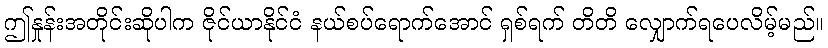
ဤနှုန်းအတိုင်းဆိုပါက ဇိုင်ယာနိုင်ငံ နယ်စပ်ရောက်အောင် ရှစ်ရက် တိတိ လျှောက်ရပေလိမ့်မည်။